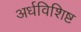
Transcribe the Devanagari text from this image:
अर्धविशिष्ट